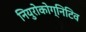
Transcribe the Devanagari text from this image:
नियुरोकोग्निटिव